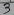
Text: 3